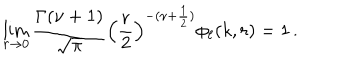
LaTeX: \lim _ { r \to 0 } \frac { \Gamma ( \nu + 1 ) } { \sqrt { \pi } } \left( \frac { r } { 2 } \right) ^ { - ( \nu + \frac { 1 } { 2 } ) } \phi _ { \ell } ( k , r ) = 1 \, .